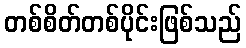
တစ်စိတ်တစ်ပိုင်းဖြစ်သည်